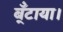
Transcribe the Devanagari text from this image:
ब्ँटाया।